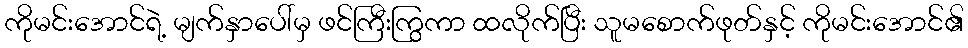
ကိုမင်းအောင်ရဲ့ မျက်နှာပေါ်မှ ဖင်ကြီးကြွကာ ထလိုက်ပြီး သူမစောက်ဖုတ်နှင့် ကိုမင်းအောင်၏